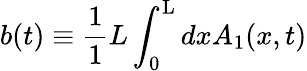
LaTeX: b(t)\equiv\frac{1}{1}{L}\int_{0}^{\mathrm{L}}dxA_{1}(x,t)